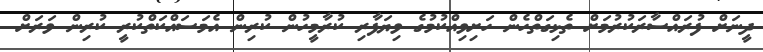
ދީނަށް ފުރައްސާރަކުރުމަށް ތެޅިގަތްހެން ހަށިވިއްކުމުގެ ވިޔަފާރި ކުރާމީހުން ކުރިން އެމަސައްކަތްކުރީ ކުރިން ވަރަށް